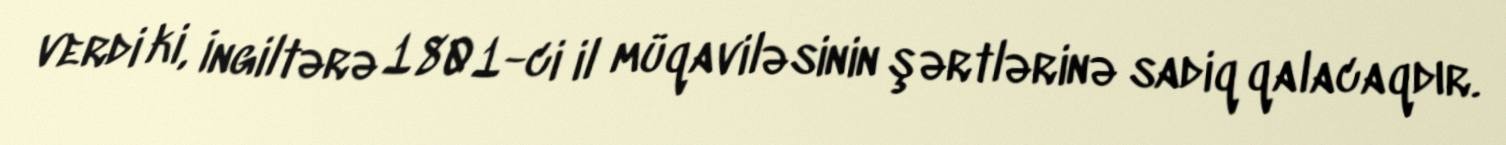
verdi ki, İngiltərə 1801-ci il müqaviləsinin şərtlərinə sadiq qalacaqdır.